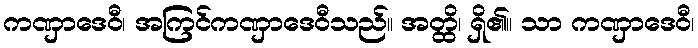
ကဏှာဒေဝီ၊ အကြင်ကဏှာဒေဝီသည်။ အတ္ထိ၊ ရှိ၏။ သာ ကဏှာဒေဝီ၊